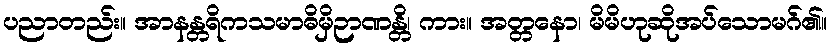
ပညာတည်း။ အာနန္တရိကသမာဓိမှိဉာဏန္တိ၊ ကား။ အတ္တနော၊ မိမိဟုဆိုအပ်သောမဂ်၏။